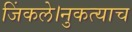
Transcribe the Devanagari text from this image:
जिंकले।नुकत्याच